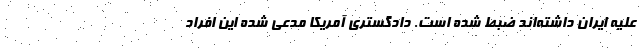
علیه ایران داشته‌اند ضبط شده است. دادگستری آمریکا مدعی شده این افراد